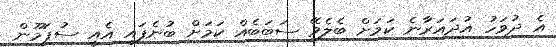
އެ ދުވަހު އުދައަރާނެ ކަމަށް ބެލެވޭ ސަބަބެއް ކަމަށް ބުނެފައި އެއީ ސުޕަމޫން